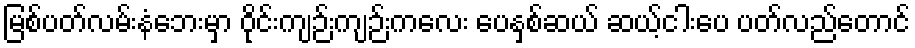
မြစ်ပတ်လမ်းနံဘေးမှာ ဝိုင်းကျဉ်းကျဉ်းကလေး ပေနှစ်ဆယ် ဆယ့်ငါးပေ ပတ်လည်တောင်